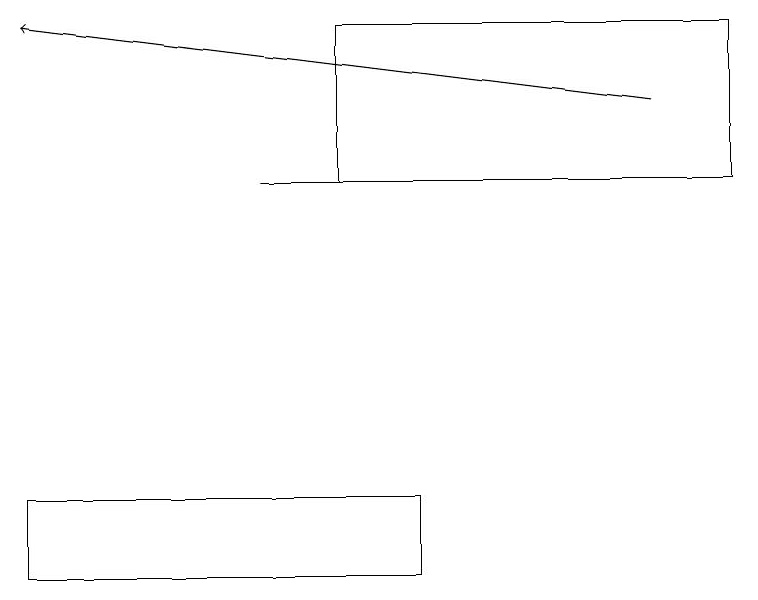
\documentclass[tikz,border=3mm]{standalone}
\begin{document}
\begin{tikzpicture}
\draw (0,13) rectangle (5,12);
\draw (4,19) rectangle (9,17);
\draw[->] (8,18) -- (0,19);
\draw (3,17) rectangle (8,17);
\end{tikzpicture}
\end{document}